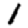
Digit: 1